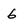
Character: 6